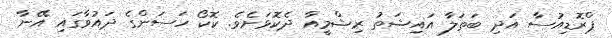
ޕްރޮޑިއުސާ އަދި ބަތަލާ އައިޝަތު ރިޝްމީއާ ދެކޮޅަށެވެ. ކޮކޯ ހަސަންގެ ދައުވާގައި އޭނާ